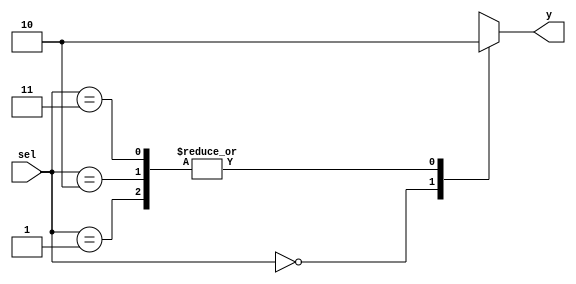
module b1_mux_4_1_case_nili
(
    input      [1:0] sel,
    output reg y
);
    always @(*)
        case (sel)
        2'b00: y = 1'b1;
        2'b01: y = 1'b0;
        2'b10: y = 1'b0;
        2'b11: y = 1'b0;
        endcase
endmodule